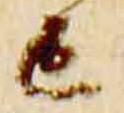
亡